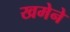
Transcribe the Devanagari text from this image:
खमेने